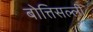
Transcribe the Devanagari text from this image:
बोत्तिसल्ली